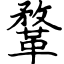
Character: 鞪